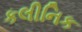
કલીનિક